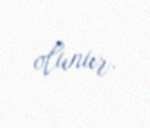
olunur.